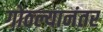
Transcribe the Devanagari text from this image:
गोठल्यानंतर